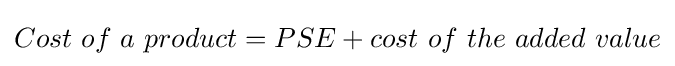
Cost\ of\ a\ product=PSE+cost\ of\ the\ added\ value